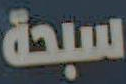
سبحة